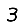
Digit: 3